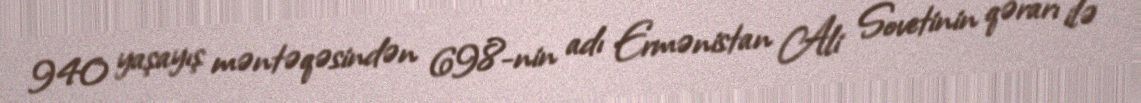
940 yaşayış məntəqəsindən 698-nin adı Ermənistan Ali Sovetinin qərarı ilə